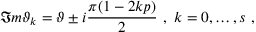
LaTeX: \Im m \vartheta _ { k } = \vartheta \pm i \frac { \pi ( 1 - 2 k p ) } { 2 } \, \, , \, \, k = 0 , \ldots , s \, \, ,